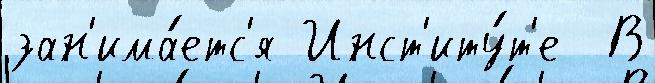
зан'има́етс'я Инст'иту́т'е  В